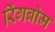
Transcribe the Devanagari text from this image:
रिंगबोम